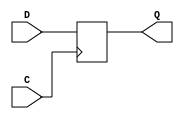
/***************************************************************************
 *                                                                         *
 *   FD.v - Replicates the functionality of the Xilinx primitive of the    *
 *     same name.                                                          *
 *                                                                         *
 *   Copyright (C) 2005 by Patrick Suggate                                 *
 *   patrick@physics.otago.ac.nz                                           *
 *                                                                         *
 *   This program is free software; you can redistribute it and/or modify  *
 *   it under the terms of the GNU General Public License as published by  *
 *   the Free Software Foundation; either version 2 of the License, or     *
 *   (at your option) any later version.                                   *
 *                                                                         *
 *   This program is distributed in the hope that it will be useful,       *
 *   but WITHOUT ANY WARRANTY; without even the implied warranty of        *
 *   MERCHANTABILITY or FITNESS FOR A PARTICULAR PURPOSE.  See the         *
 *   GNU General Public License for more details.                          *
 *                                                                         *
 *   You should have received a copy of the GNU General Public License     *
 *   along with this program; if not, write to the                         *
 *   Free Software Foundation, Inc.,                                       *
 *   59 Temple Place - Suite 330, Boston, MA  02111-1307, USA.             *
 ***************************************************************************/

//	Flip-flop
module FD( C, D, Q);
	
	input	C;
	input	D;
	output	Q;
	
	parameter	INIT	= 1'b0;
	
	reg		Q = INIT;
	
	always @(posedge C)
	begin
		Q	<= #2 D;
	end
	
endmodule	//	FD